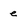
Character: e